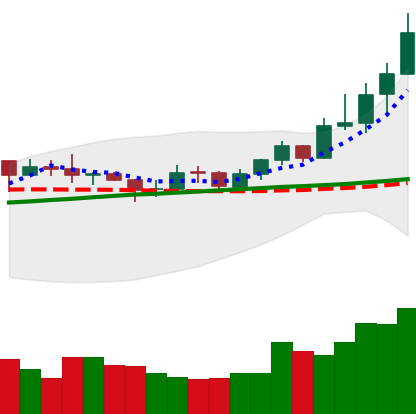
Ticker: XRP-USD
Chart end date: 2020-07-29
Forward return: 27.495%
Label: up_7plus